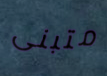
متبنى